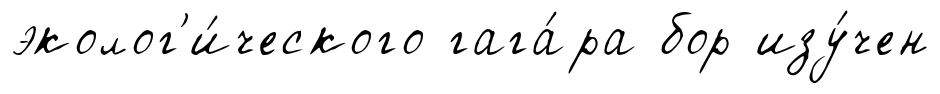
эколог'и́ческого гага́ра бор изу́чен